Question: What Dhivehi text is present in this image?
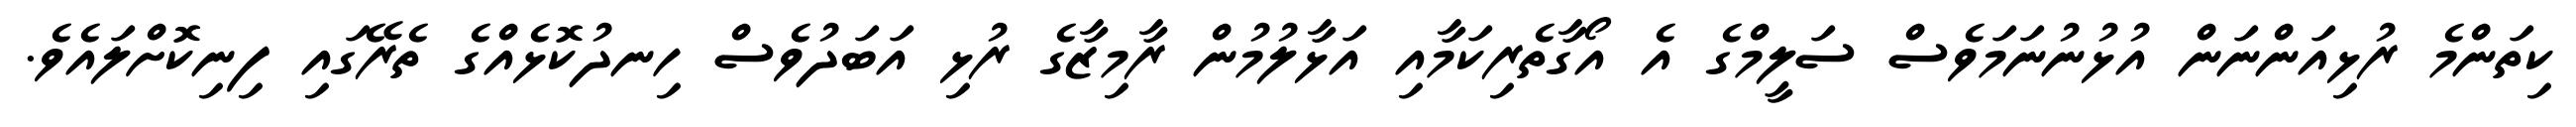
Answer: ކިތަންމެ ރުޅިއަންނަން އުޅުނުނަމަވެސް ސަލީމްގެ އެ އޯގާތެރިކަމާއި އަޅާލުމުން ރާމިޒާގެ ރުޅި އަބަދުވެސް ހިނދުކޮޅެއްގެ ތެރޭގައި ފިނިކޮށްލައެވެ.